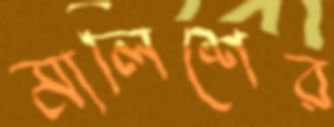
মালিশের